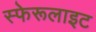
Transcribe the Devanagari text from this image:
स्फेरूलाइट